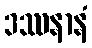
ဒဿနာနံ